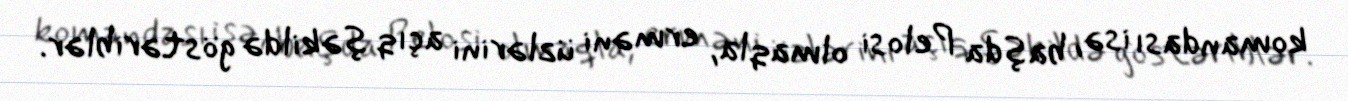
komandası isə, başda Pelosi olmaqla, erməni üzlərini açıq şəkildə göstəriblər.